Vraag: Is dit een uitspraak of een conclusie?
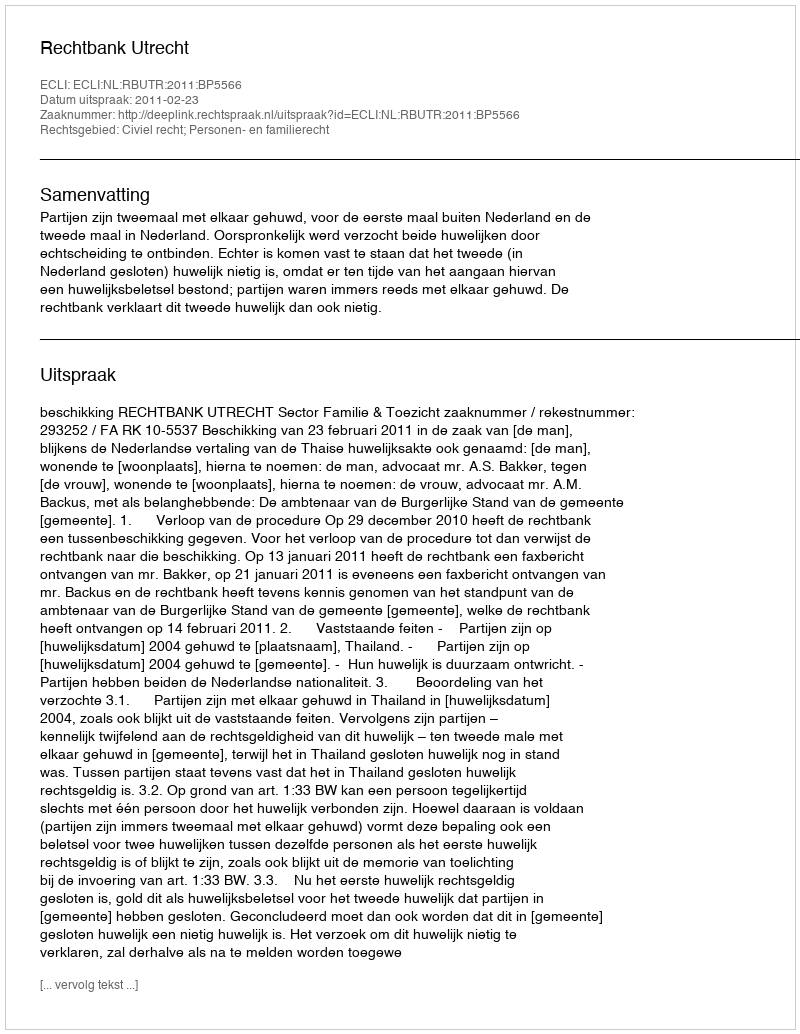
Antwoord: Uitspraak